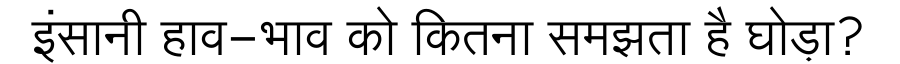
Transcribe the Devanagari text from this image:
इंसानी हाव-भाव को कितना समझता है घोड़ा?